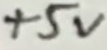
Text: +5V